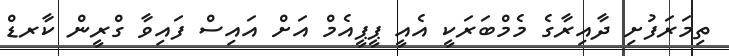
ތިމަރަފުށި ދާއިރާގެ މެމްބަރަކީ އެއީ ޕީޕީއެމް އަށް އައިސް ފައިވާ ގްރީން ކާރޑް